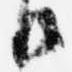
御